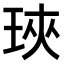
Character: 𤥵